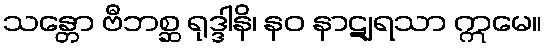
သန္တော ဗီဘစ္ဆ ရုဒ္ဒါနိ၊ နဝ နာဋျရသာ ဣမေ။